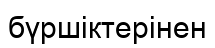
бүршіктерінен